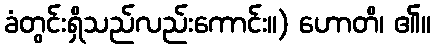
ခံတွင်းရှိသည်လည်းကောင်း။) ဟောတိ၊ ၏။